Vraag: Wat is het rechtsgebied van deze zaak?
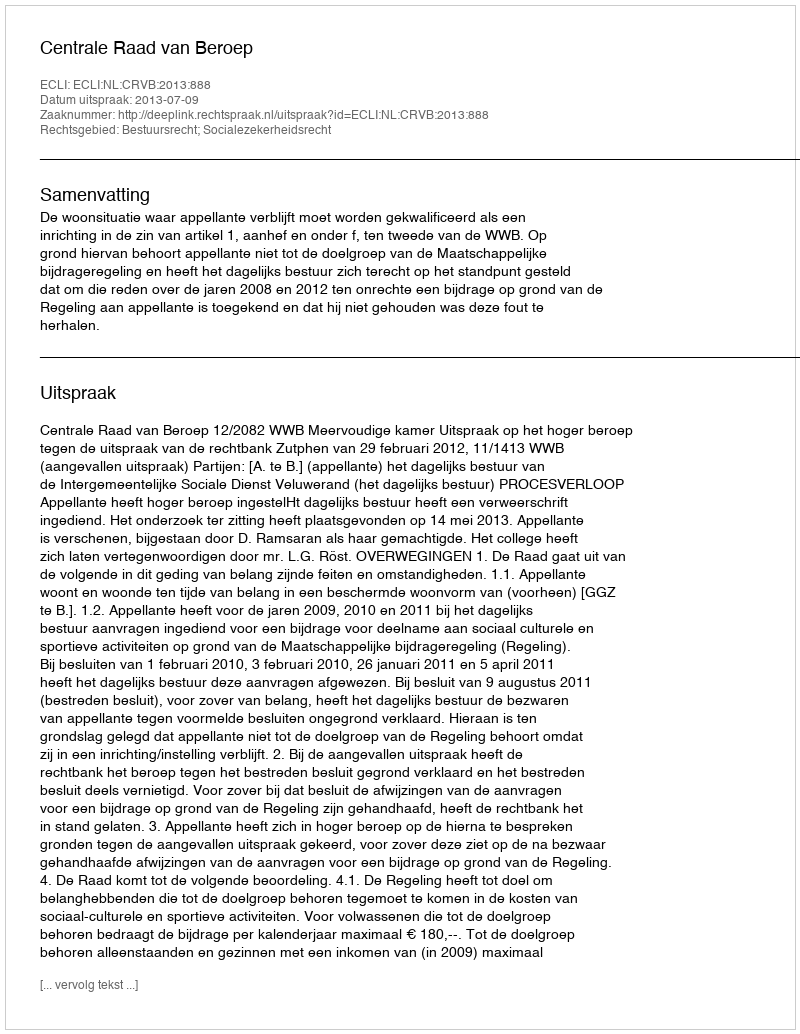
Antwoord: Bestuursrecht; Socialezekerheidsrecht